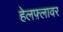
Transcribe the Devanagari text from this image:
हेलफ़्लावर